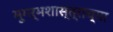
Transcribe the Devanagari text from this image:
भूगर्भशास्त्राच्या